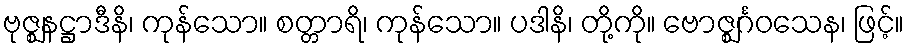
ဗုဇ္ဈနဋ္ဌာဒီနိ၊ ကုန်သော။ စတ္တာရိ၊ ကုန်သော။ ပဒါနိ၊ တို့ကို။ ဗောဇ္ဈင်္ဂဝသေန၊ ဖြင့်။